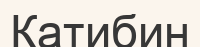
Катибин